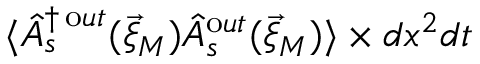
\langle \hat { A } _ { s } ^ { \dagger \, \mathrm o u t } ( \vec { \xi } _ { M } ) \hat { A } _ { s } ^ { \mathrm o u t } ( \vec { \xi } _ { M } ) \rangle \times d x ^ { 2 } d t